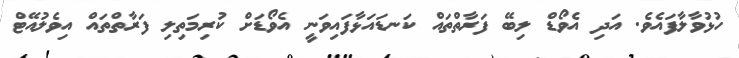
ހުޅުވާލާފައެވެ. އަދި އެވޯޑް ލިބޭ ފަރާތްތައް ކަނޑައަޅާފައިވަނީ އެވޯޑަށް ކުރިމަތިލި ފަރާތްތައް އިވެލުއޭޓް